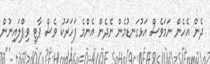
ދެން އެހެން ނަމަވެސް އަޅުގަނޑުމެން ނޭދެން އެންމެ ފަހަރަކު ވެސް ޕާޓީ ވިޕްލައިނުން